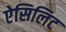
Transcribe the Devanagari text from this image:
ऐसिलिट